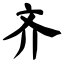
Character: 齐